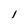
Character: l